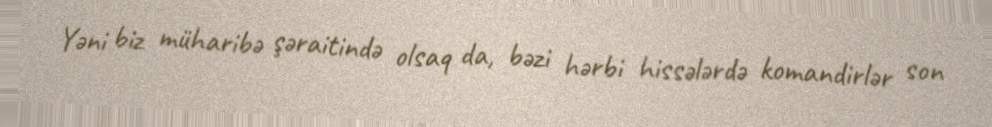
Yəni biz müharibə şəraitində olsaq da, bəzi hərbi hissələrdə komandirlər son